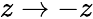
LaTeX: z\to-z